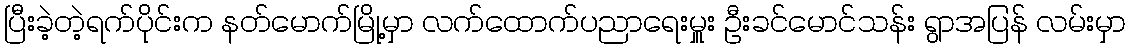
ပြီးခဲ့တဲ့ရက်ပိုင်းက နတ်မောက်မြို့မှာ လက်ထောက်ပညာရေးမှူး ဦးခင်မောင်သန်း ရွာအပြန် လမ်းမှာ